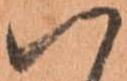
ハ